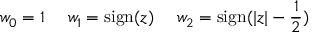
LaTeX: w _ { 0 } = 1 \ \ \ \ w _ { 1 } = \mathrm { s i g n } ( z ) \ \ \ \ w _ { 2 } = \mathrm { s i g n } ( | z | - { \frac { 1 } { 2 } } )